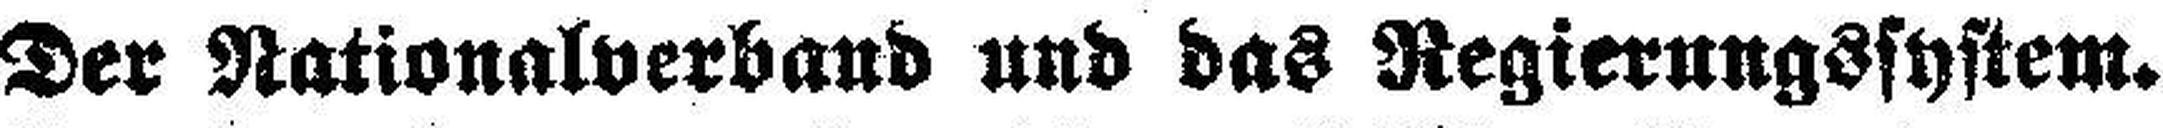
Der Nationalverband und das Regierungssystem.